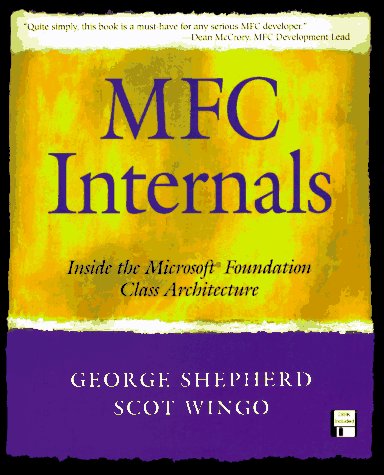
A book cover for MFC Internals: Inside the Microsoft(c) Foundation Class Architecture; George Shepherd; Computers & Technology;